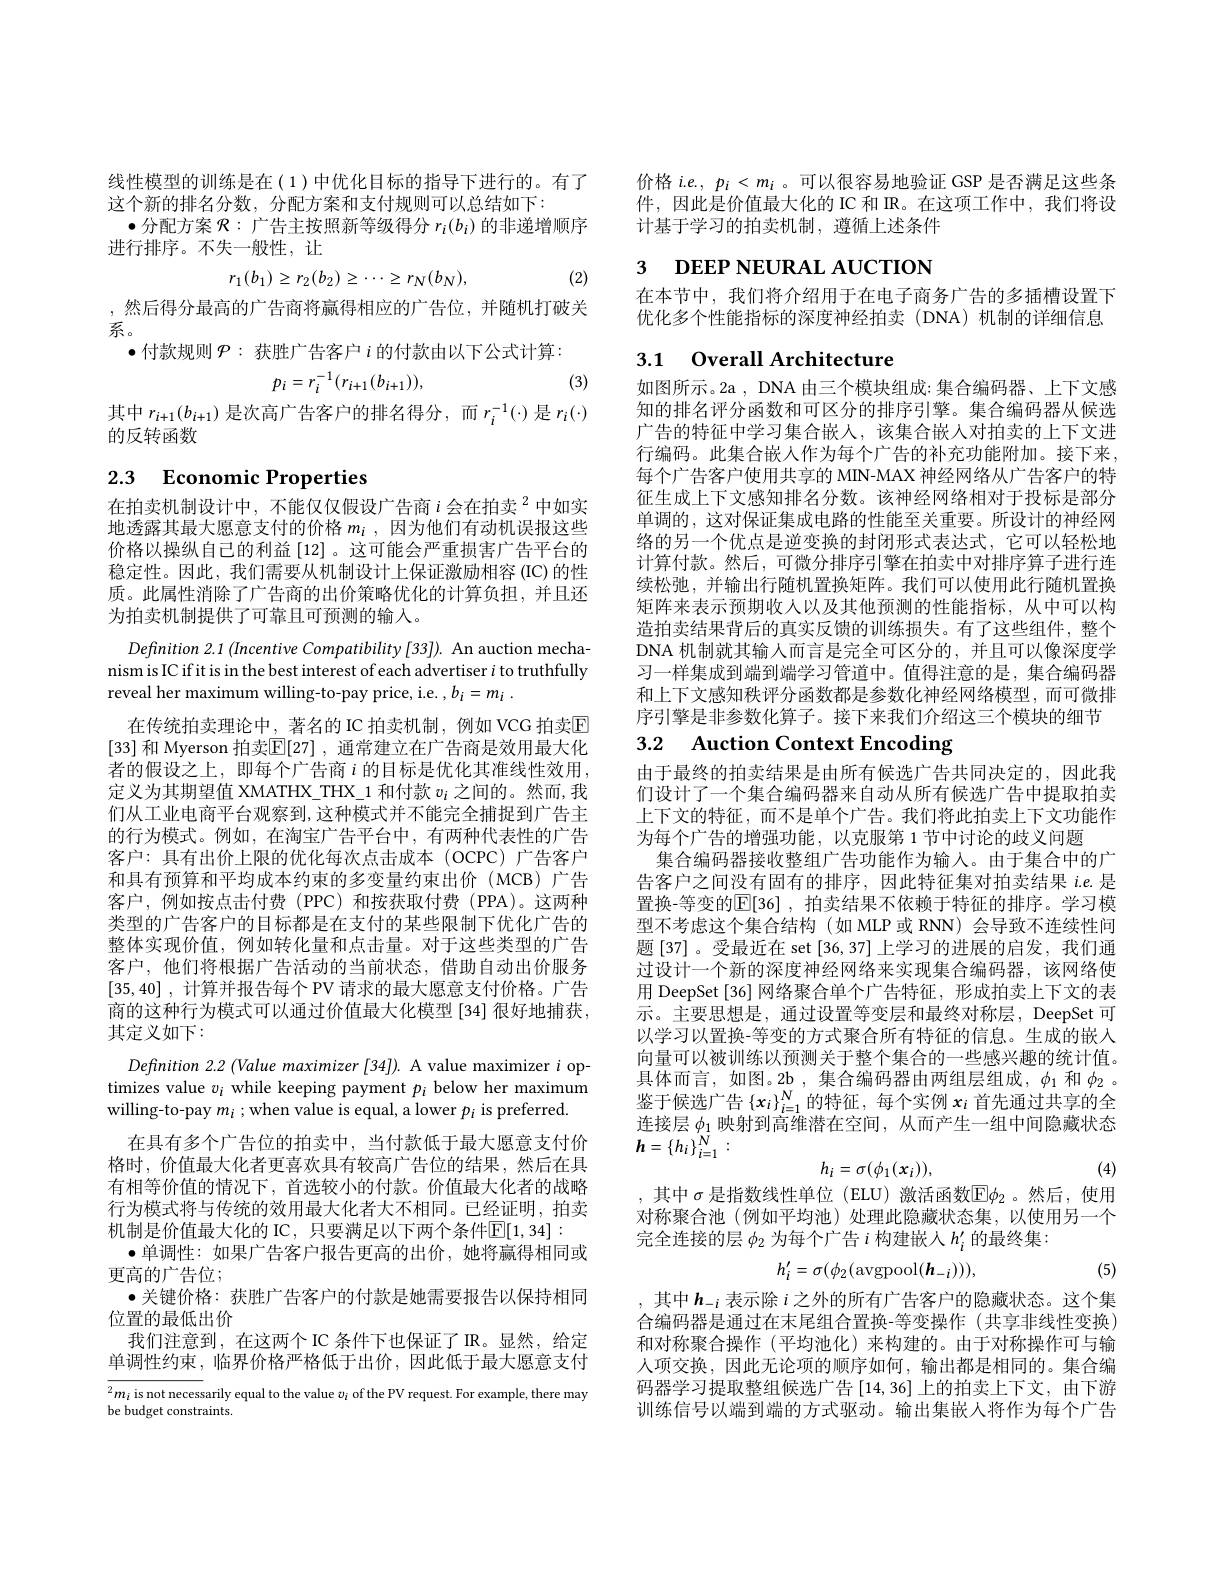
线性模型的训练是在(1)中优化目标的指导下进行的。有了
这个新的排名分数，分配方案和支付规则可以总结如下：
$\bullet$分配方案$\mathcal{R}:$广告主按照新等级得分$r_i(b_i)$的非递增顺序
进行排序。不失一般性，让
$$r_1(b_1)\geq r_2(b_2)\geq\cdots\geq r_N(b_N),$$
(2)

,然后得分最高的广告商将赢得相应的广告位，并随机打破关
系。
$\bullet$付款规则$\mathcal{P}:$获胜广告客户$i$的付款由以下公式计算：
$$p_{i}=r_{i}^{-1}(r_{i+1}(b_{i+1})),$$
(3)

其中$r_i+1(b_{i+1})$ 是次高广告客户的排名得分，而$r_i^-1(\cdot)$是$r_i(\cdot)$
的反转函数

# 2.3 Economic Properties

在拍卖机制设计中，不能仅仅假设广告商$i\text{ 会在拍卖 }^2$中如实地透露其最大愿意支付的价格$m_i$ ,因为他们有动机误报这些价格以操纵自己的利益[12]。这可能会严重损害广告平台的稳定性。因此，我们需要从机制设计上保证激励相容(IC)的性质。此属性消除了广告商的出价策略优化的计算负担，并且还为拍卖机制提供了可靠且可预测的输入。

Definition 2.1 (Incentive Compatibility [33]). An auction mechanism is IC if it is in the best interest of each advertiser $i$ to truthfully reveal her maximum willing-to-pay price, i.e. $, b_i= m_i$ .
在传统拍卖理论中，著名的 IC 拍卖机制，例如 VCG 拍卖$\overline{\mathrm{E}}$ [33] 和 Myerson 拍卖$\mathbb{E}[27]$ , 通常建立在广告商是效用最大化者的假设之上，即每个广告商$i$ 的目标是优化其准线性效用， 定义为其期望值 XMATHX\_THX\_1 和付款$v_i$之间的。然而，我们从工业电商平台观察到，这种模式并不能完全捕捉到广告主的行为模式。例如，在淘宝广告平台中，有两种代表性的广告客户：具有出价上限的优化每次点击成本(OCPC)广告客户和具有预算和平均成本约束的多变量约束出价(MCB)广告客户，例如按点击付费(PPC)和按获取付费(PPA)。这两种类型的广告客户的目标都是在支付的某些限制下优化广告的整体实现价值，例如转化量和点击量。对于这些类型的广告客户，他们将根据广告活动的当前状态，借助自动出价服务[35,40] ,计算并报告每个 PV 请求的最大愿意支付价格。广告商的这种行为模式可以通过价值最大化模型 [34] 很好地捕获， 其定义如下：
Definition 2.2 (Value maximizer [34]). A value maximizer $i$ optimizes value $v_i$ while keeping payment $p_i$ below her maximum willing-to-pay $m_i$ ; when value is equal, a lower $p_i$ is preferred.
在具有多个广告位的拍卖中，当付款低于最大愿意支付价格时，价值最大化者更喜欢具有较高广告位的结果，然后在具有相等价值的情况下，首选较小的付款。价值最大化者的战略行为模式将与传统的效用最大化者大不相同。已经证明，拍卖机制是价值最大化的 IC, 只要满足以下两个条件$\mathbb{E}[1,34]:$
·单调性：如果广告客户报告更高的出价，她将赢得相同或
更高的广告位；
· 关键价格：获胜广告客户的付款是她需要报告以保持相同
位置的最低出价
我们注意到，在这两个 IC 条件下也保证了 IR。显然，给定单调性约束，临界价格严格低于出价，因此低于最大愿意支付$\overline{^2m_i\text{ is not necess}}$arily equal to the value $v_i$ of the PV request. For example, there may be budget constraints.

价格$i.e.,p_i<m_i$ 。可以很容易地验证 GSP 是否满足这些条件，因此是价值最大化的 IC 和 R。在这项工作中，我们将设计基于学习的拍卖机制，遵循上述条件

# 3 DEEP NEURAL AUCTION

在本节中，我们将介绍用于在电子商务广告的多插槽设置下优化多个性能指标的深度神经拍卖(DNA)机制的详细信息

# 3.1 Overall Architecture

如图所示。2a , DNA 由三个模块组成：集合编码器、上下文感知的排名评分函数和可区分的排序引擎。集合编码器从候选广告的特征中学习集合嵌人，该集合嵌入对拍卖的上下文进行编码。此集合嵌人作为每个广告的补充功能附加。接下来每个广告客户使用共享的 MIN-MAX 神经网络从广告客户的特征生成上下文感知排名分数。该神经网络相对于投标是部分单调的，这对保证集成电路的性能至关重要。所设计的神经网络的另一个优点是逆变换的封闭形式表达式，它可以轻松地计算付款。然后，可微分排序引擎在拍卖中对排序算子进行连续松弛，并输出行随机置换矩阵。我们可以使用此行随机置换矩阵来表示预期收人以及其他预测的性能指标，从中可以构造拍卖结果背后的真实反馈的训练损失。有了这些组件，整个DNA 机制就其输人而言是完全可区分的，并且可以像深度学习一样集成到端到端学习管道中。值得注意的是，集合编码器和上下文感知秩评分函数都是参数化神经网络模型，而可微排序引擎是非参数化算子。接下来我们介绍这三个模块的细节

# 3.2 Auction Context Encoding

由于最终的拍卖结果是由所有候选广告共同决定的，因此我们设计了一个集合编码器来自动从所有候选广告中提取拍卖上下文的特征，而不是单个广告。我们将此拍卖上下文功能作为每个广告的增强功能，以克服第 1 节中讨论的歧义问题
集合编码器接收整组广告功能作为输入。由于集合中的广告客户之间没有固有的排序，因此特征集对拍卖结果$i.e.$是置换-等变的$\mathbb{E}[36]$, 拍卖结果不依赖于特征的排序。学习模型不考虑这个集合结构(如 MLP 或 RNN) 会导致不连续性问题 [37] 。受最近在 set [36,37] 上学习的进展的启发，我们通过设计一个新的深度神经网络来实现集合编码器，该网络使用 DeepSet[36] 网络聚合单个广告特征，形成拍卖上下文的表示。主要思想是，通过设置等变层和最终对称层，DeepSet 可以学习以置换-等变的方式聚合所有特征的信息。生成的嵌入向量可以被训练以预测关于整个集合的一些感兴趣的统计值。具体而言，如图。2b ,集合编码器由两组层组成$,\phi_1$和$\phi_2$ 。鉴于候选广告$\left\{\boldsymbol{x}_i\right\}_{i=1}^N$的特征，每个实例 $\boldsymbol x_i$ 首先通过共享的全连接层$\phi_1$映射到高维潜在空间，从而产生一组中间隐藏状态$h=\left\{h_{i}\right\}_{i=1}^{N}:$
$$h_i=\sigma(\phi_1(x_i)),$$
,其中$\sigma$是指数线性单位 (ELU) 激活函数$\mathbb{E}\phi_2$ 。然后，使用

(4)

对称聚合池(例如平均池)处理此隐藏状态集，以使用另一个
完全连接的层$\phi_2$为每个广告$i$构建嵌人$h_i^\prime$的最终集：
$$h_{i}^{\prime}=\sigma(\phi_{2}(\mathrm{avgpool}(h_{-i}))),$$
(5)

,其中$h_{-i}$表示除$i$之外的所有广告客户的隐藏状态。这个集合编码器是通过在末尾组合置换-等变操作(共享非线性变换) 和对称聚合操作 (平均池化)来构建的。由于对称操作可与输人项交换，因此无论项的顺序如何，输出都是相同的。集合编码器学习提取整组候选广告$\left[14,36\right]$上的拍卖上下文，由下游训练信号以端到端的方式驱动。输出集嵌人将作为每个广告